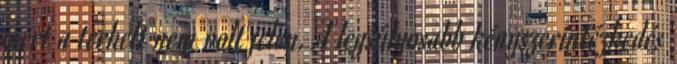
mert a terhelt nem volt jelen. A legsúlyosabb kényszerintézkedés